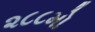
૨૮૮મો